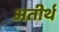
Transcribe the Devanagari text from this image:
अतीर्थ